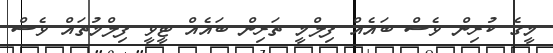
މީގެ ކުރިން ވެސް ބައެއް ފިލްމީ ތަރިން ބައެއް ޓީވީ ފިލްމުތައް ވެސް